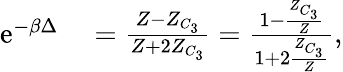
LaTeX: \begin{array}{rl}{\mathrm{e}^{-\beta\Delta}}&{{}=\frac{Z-Z_{C_{3}}}{Z+2Z_{C_{3}}}=\frac{1-\frac{Z_{C_{3}}}{Z}}{1+2\frac{Z_{C_{3}}}{Z}},}\end{array}